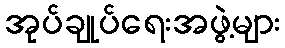
အုပ်ချုပ်ရေးအဖွဲ့များ